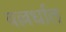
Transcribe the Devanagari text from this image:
वल्लर्धात